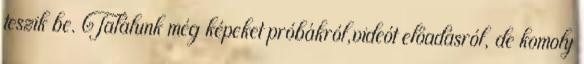
teszik be. Találunk még képeket próbákról,videót előadásról, de komoly